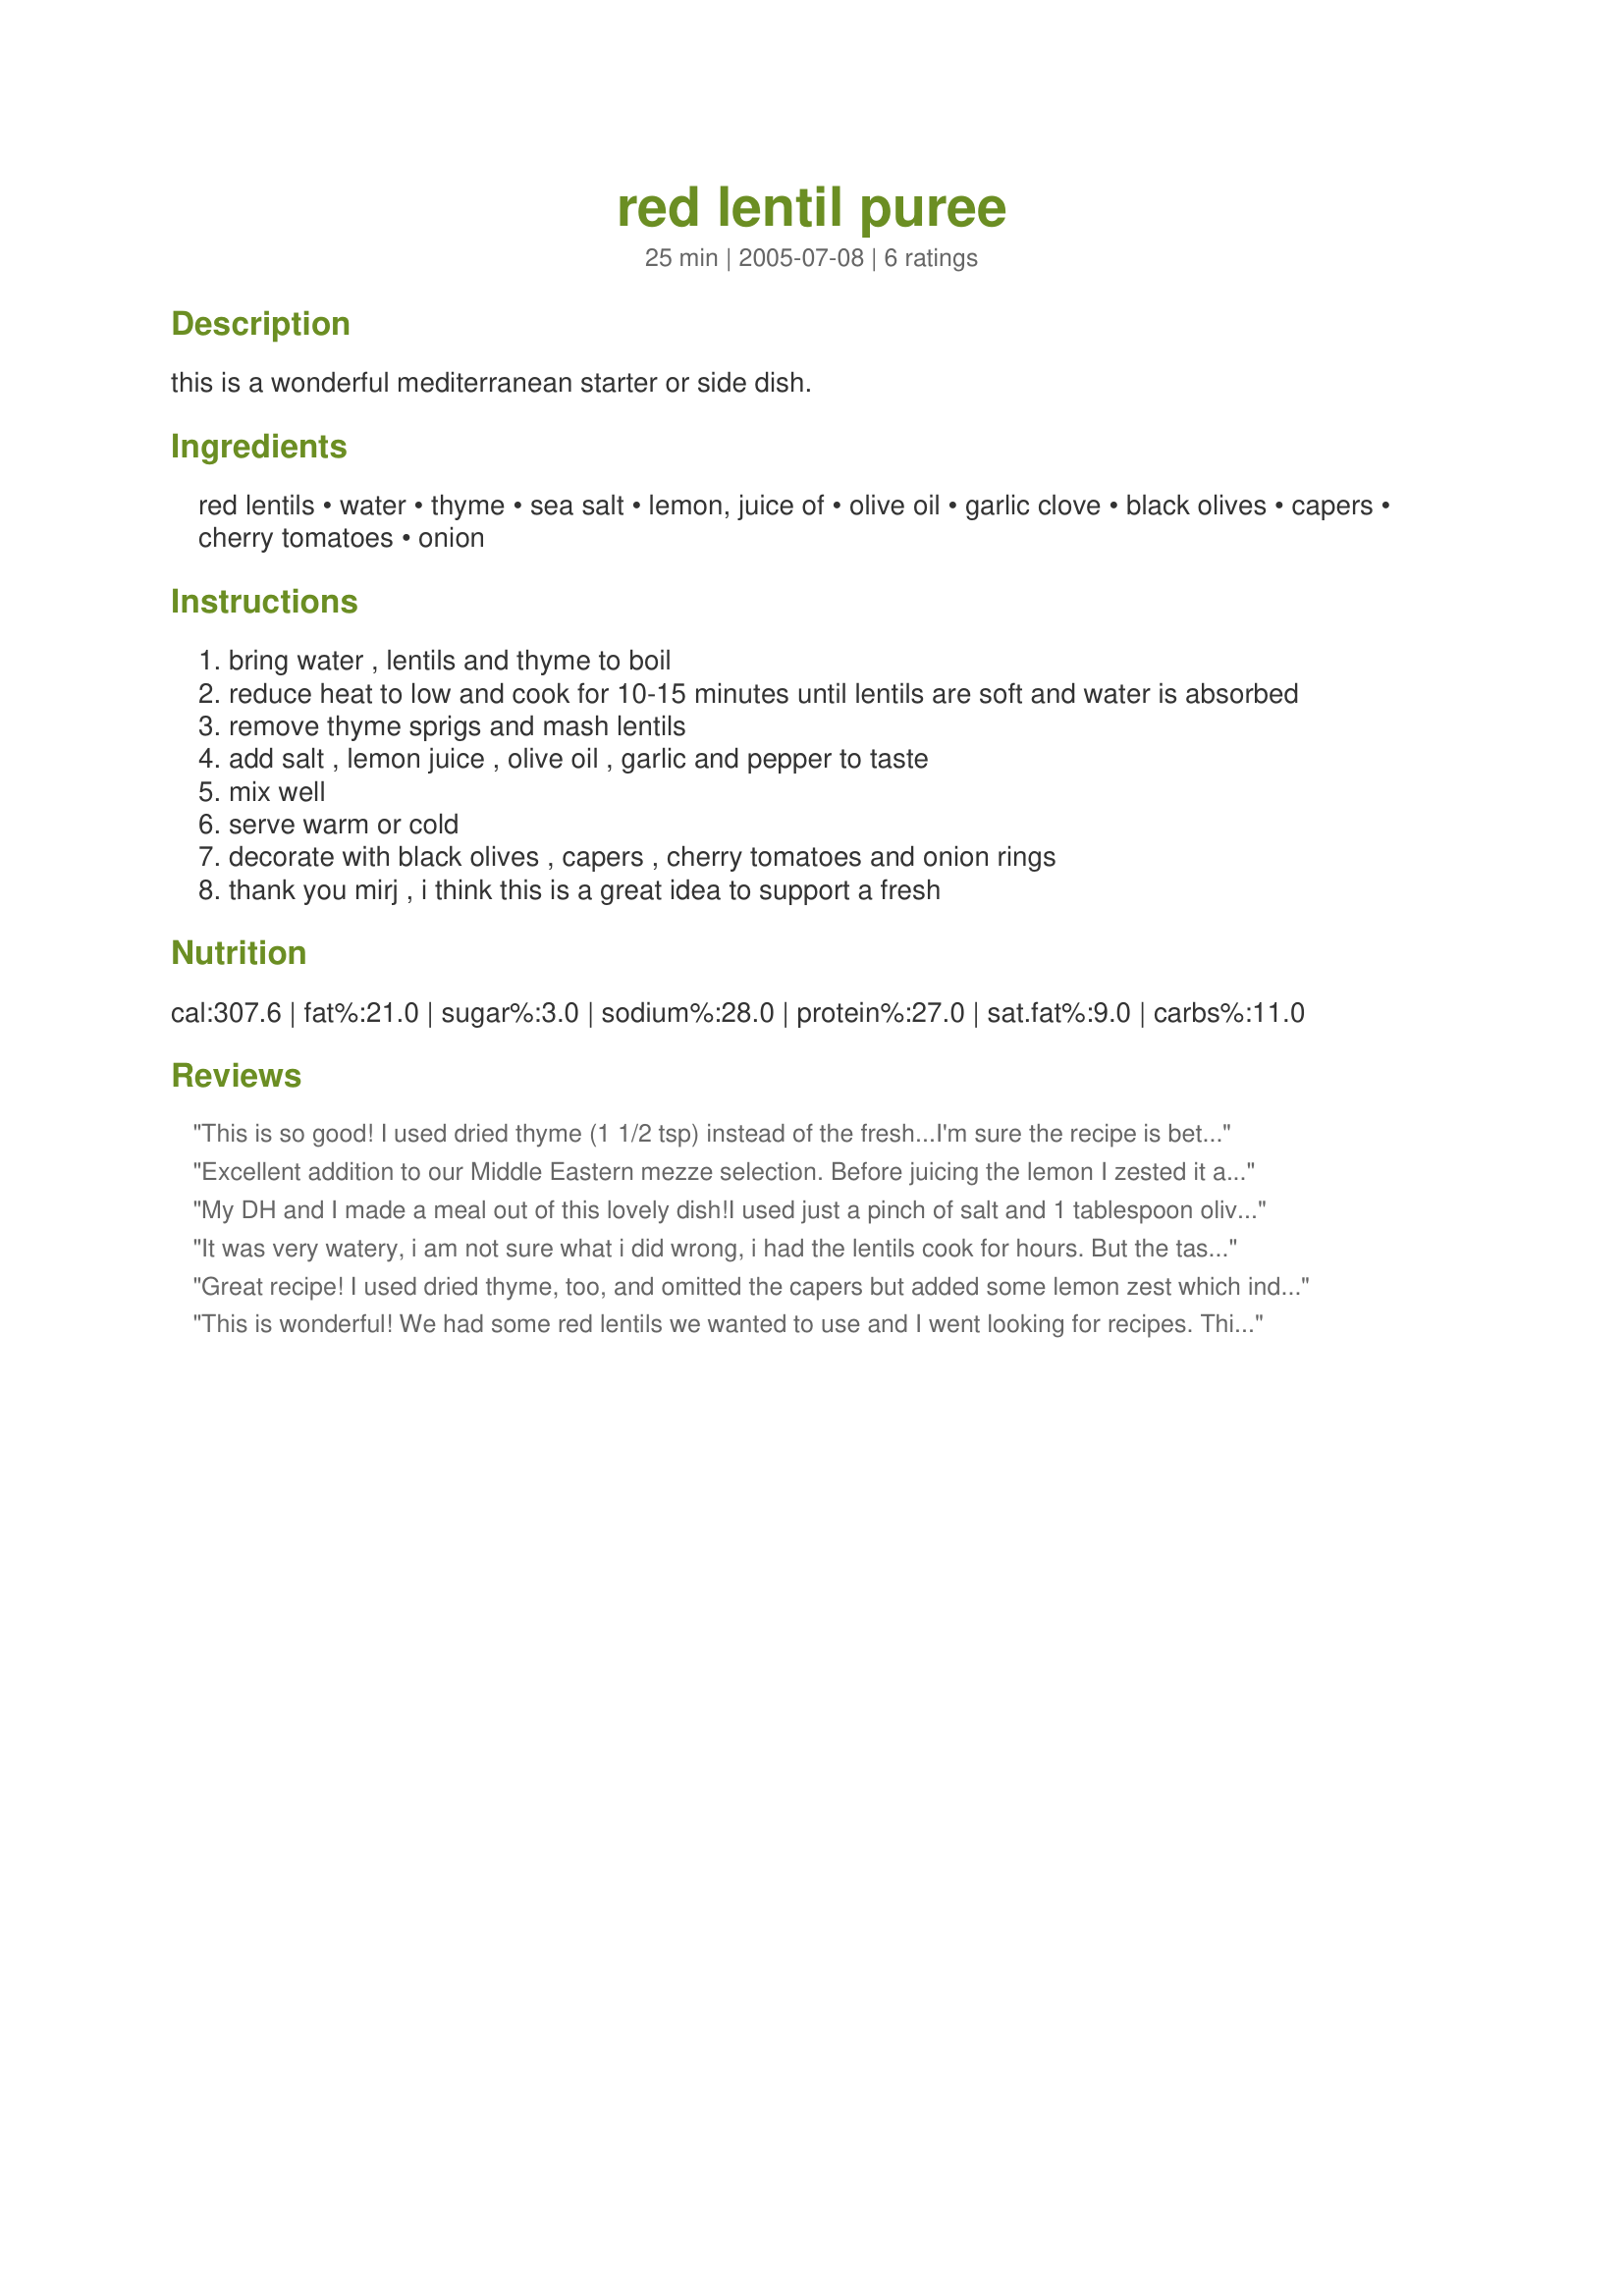
red lentil puree
Preparation time: 25 minutes

this is a wonderful mediterranean starter or side dish.

Ingredients:
red lentils, water, thyme, sea salt, lemon, juice of, olive oil, garlic clove, black olives, capers, cherry tomatoes, onion

Steps:
bring water , lentils and thyme to boil
reduce heat to low and cook for 10-15 minutes until lentils are soft and water is absorbed
remove thyme sprigs and mash lentils
add salt , lemon juice , olive oil , garlic and pepper to taste
mix well
serve warm or cold
decorate with black olives , capers , cherry tomatoes and onion rings
thank you mirj , i think this is a great idea to support a fresh

Reviews:
This is so good! I used dried thyme (1 1/2 tsp) instead of the fresh...I'm sure the recipe is better as written, but I didn't have access to fresh thyme. Anyway, I cooked the lentils a little longer than indicated in the recipe (probably 25 minutes) and added a little extra water as needed. This was so easy and makes a great dip/spread. Thanks for posting!
Excellent addition to our Middle Eastern mezze selection. Before juicing the lemon I zested it and added some to the dish. Delightful with some toasted pita triangles and a health dose of za'atar. Thanks Thorsten!
My DH and I made a meal out of this lovely dish!I used just a pinch of salt and 1 tablespoon olive oil. Used roasted garlic just yummy. We had this fabulous meal room temperature. I garnished it with fresh garden tomatoes olives, red onions sliced thin and capers. As for the capers I wasn`t going to open the 1 pound jar of capers for this But I`m so glad I did. They really make this. No all the ingredients really made it! Thanks for a quick, great, easy, fabulous dish! A must try!
It was very watery, i am not sure what i did wrong, i had the lentils cook for hours.
But the taste was great, thanks for sharing.
Great recipe! I used dried thyme, too, and omitted the capers but added some lemon zest which indeed is a lovely addition. Thanks for posting!<br/>Made for I've Saved All These Recipes / Diabetes Forum
This is wonderful! We had some red lentils we wanted to use and I went looking for recipes. This was perfect. Because no one but me will eat olives or capers I just served them with some sweet onion and pita bread. We loved it. Great texture and flavor and super easy to make.
